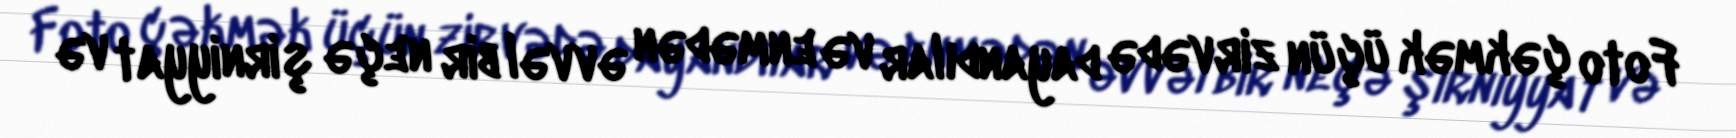
Foto çəkmək üçün zirvədə dayandılar və enmədən əvvəl bir neçə şirniyyat və